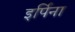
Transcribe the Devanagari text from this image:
इर्पिना